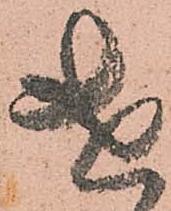
遣